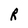
Character: R